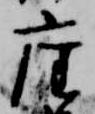
座